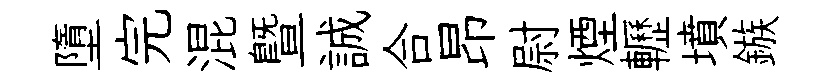
墮完混暨誠合昂尉煙轣墳鏃